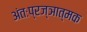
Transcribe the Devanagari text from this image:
अंतःप्रज्ञात्मक